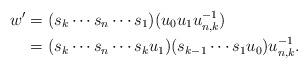
LaTeX: \begin{align*} w' &= (s_k \cdots s_n \cdots s_1)(u_0u_1 u_{n,k}^{-1})\\ &= (s_k \cdots s_n \cdots s_k u_1) (s_{k-1} \cdots s_1 u_0 ) u_{n,k}^{-1}. \end{align*}